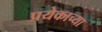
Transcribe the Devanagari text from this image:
प्रयेकाच्या